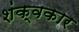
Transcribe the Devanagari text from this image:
शंक्वकार